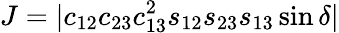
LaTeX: J=|c_{12}c_{23}c_{13}^{2}s_{12}s_{23}s_{13}\sin\delta|